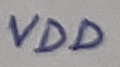
Text: VDD